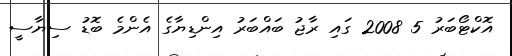
އޮކްޓޯބަރު 5 2008 ގައި ރާޖު ބައްބަރު އިންޑިޔާގެ އެންމެ ބޮޑު ސިޔާސީ